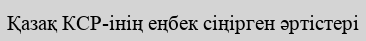
Қазақ КСР-інің еңбек сіңірген əртістері